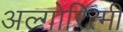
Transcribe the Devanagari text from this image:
अल्गोरित्मी